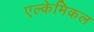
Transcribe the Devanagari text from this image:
एल्केमिकल